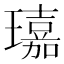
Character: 𤪘